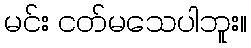
မင်း ငတ်မသေပါဘူး။